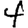
Digit: 4